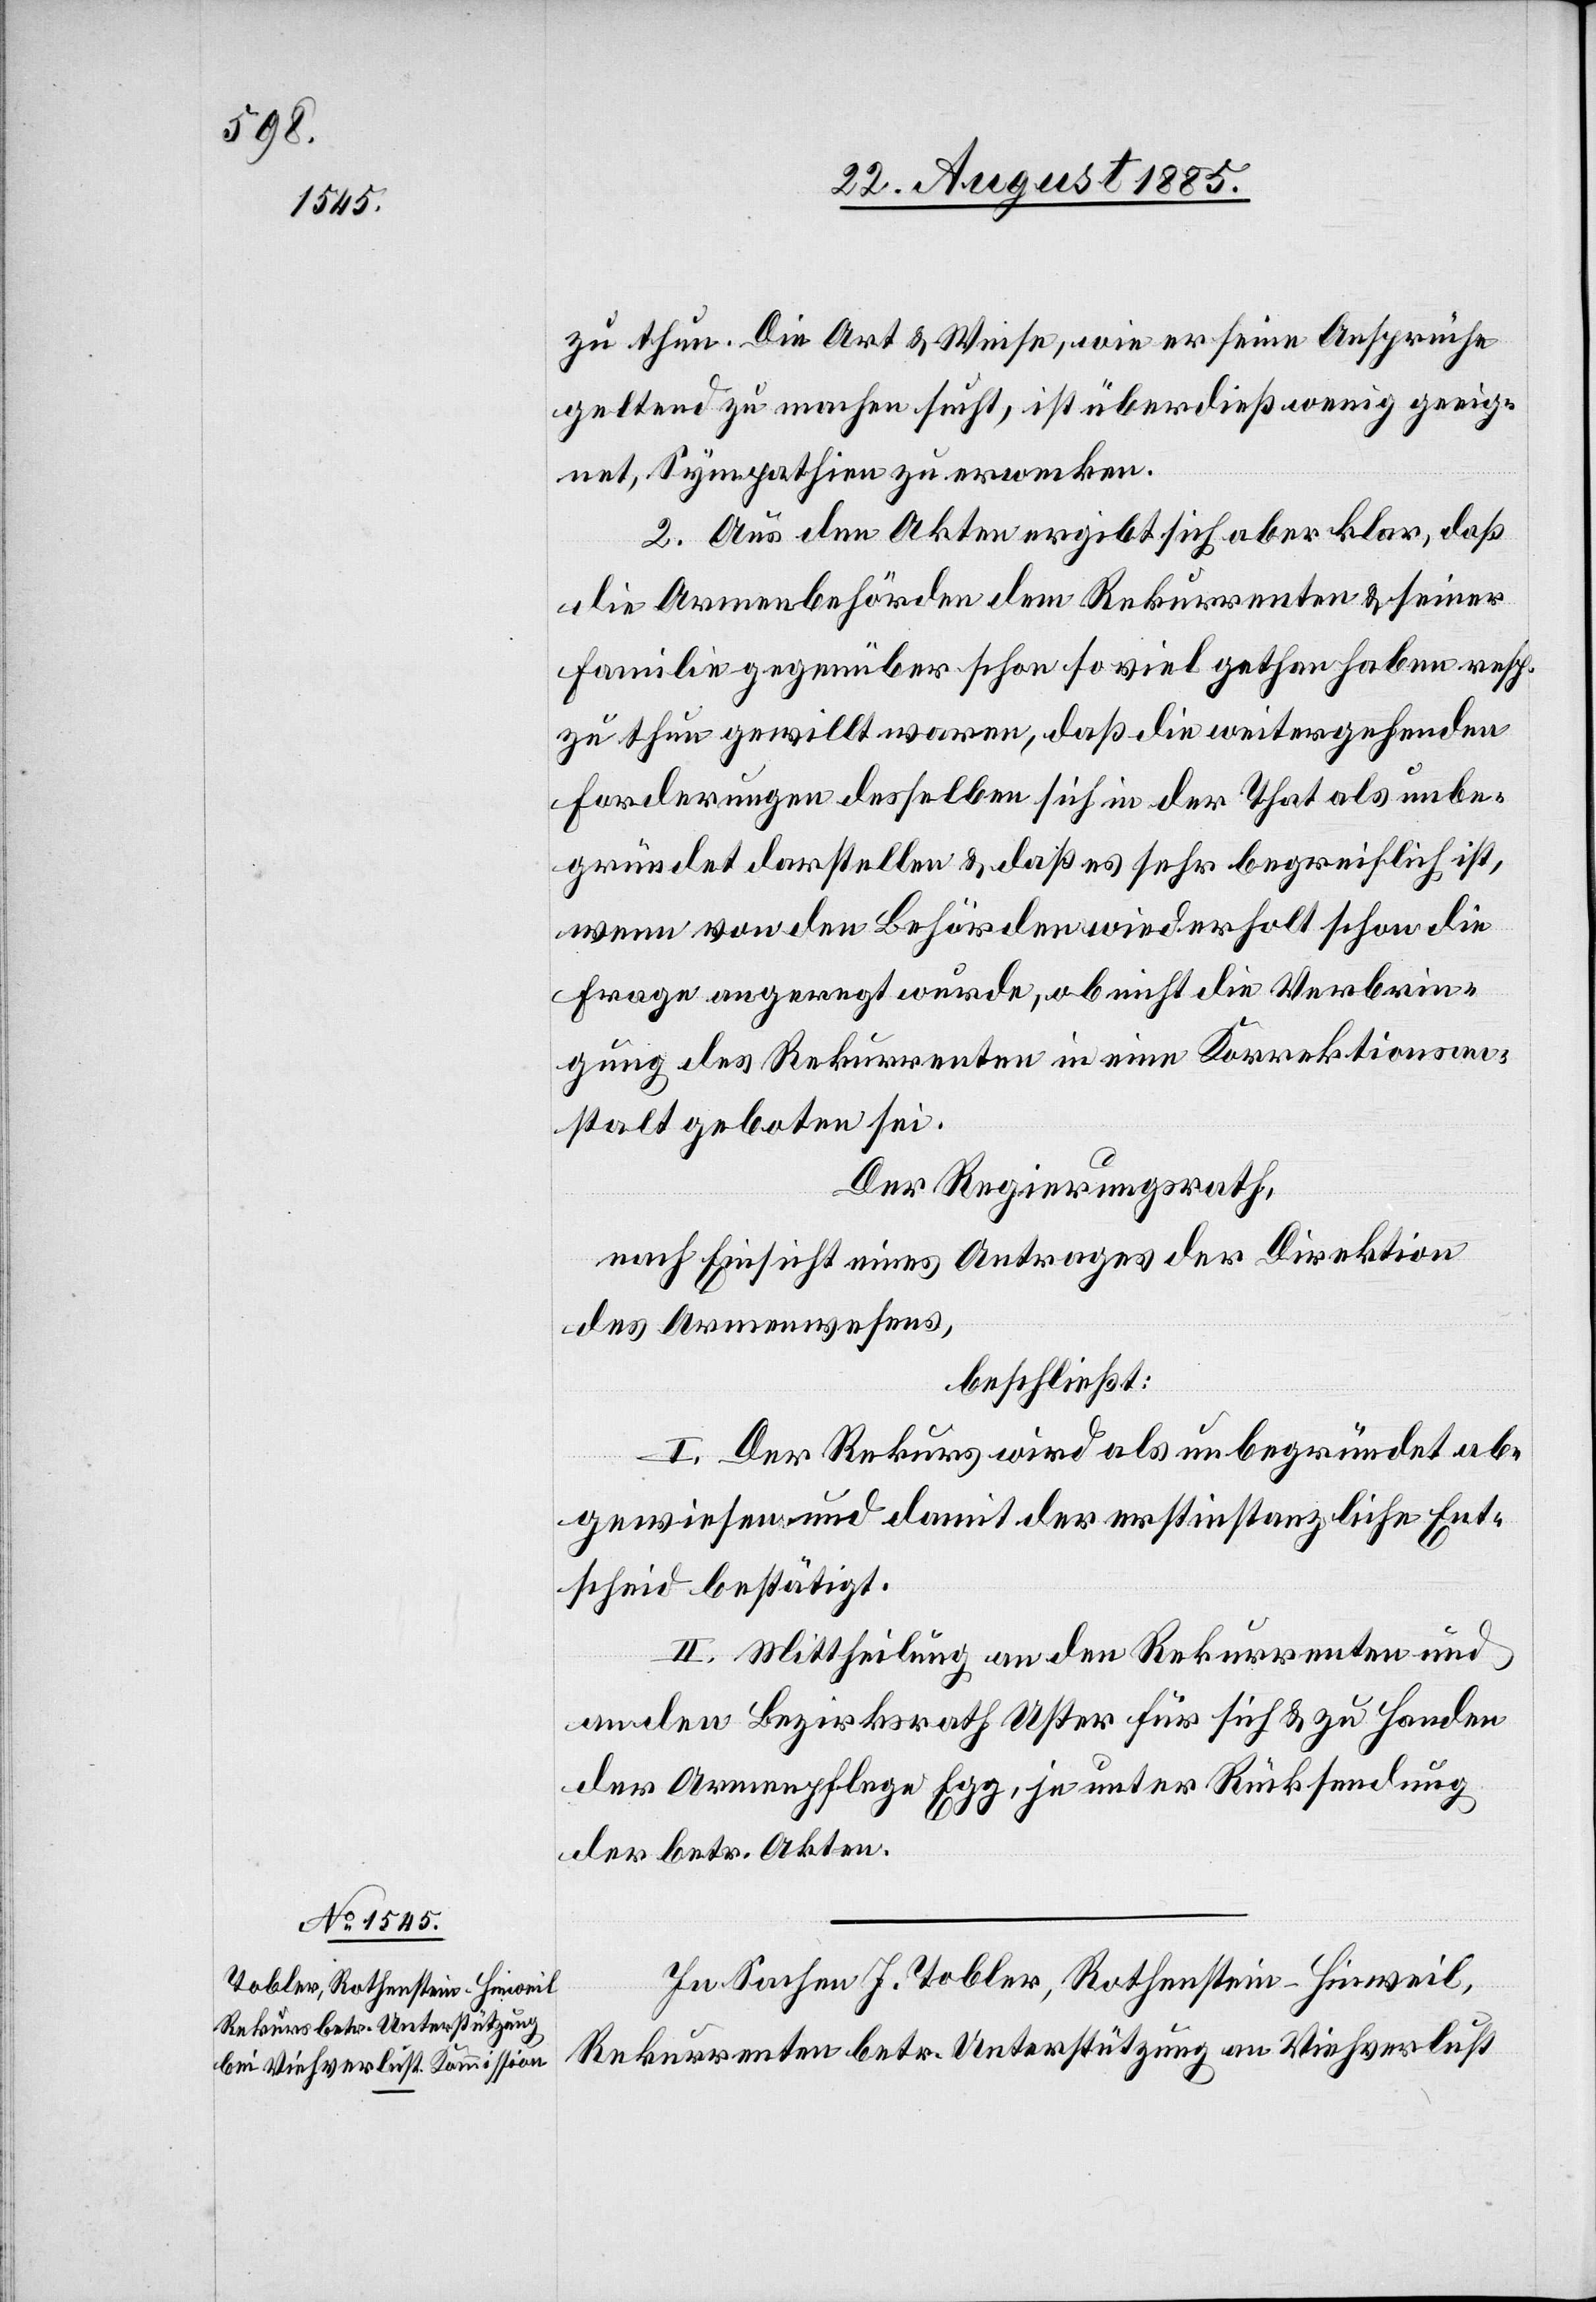
zu thun. Die Art & Weise, wie er seine Ansprüche
geltend zu machen sucht, ist überdieß wenig geeig¬
net, Sympathien zu erwerben.
2. Aus den Akten ergibt sich aber klar, daß
die Armenbehörden dem Rekurrenten & seiner
Familie gegenüber schon so viel gethan haben resp.
zu thun gewillt waren, daß die weitergehenden
Forderungen desselben sich in der That als unbe¬
gründet darstellen & daß es sehr begreiflich ist,
wenn von den Behörden wiederholt schon die
Frage angeregt wurde, ob nicht die Verbrin¬
gung des Rekurrenten in eine Korrektionsan¬
stalt geboten sei.
Der Regierungsrath,
nach Einsicht eines Antrages der Direktion
des Armenwesens,
beschließt:
I. Der Rekurs wird als unbegründet ab¬
gewiesen und damit der erstinstanzliche Ent¬
scheid bestätigt.
II. Mittheilung an den Rekurrenten und
an den Bezirksrath Uster für sich & zu Handen
der Armenpflege Egg, je unter Rücksendung
der betr. Akten.
In Sachen J. Tobler, Rothenstein - Hinweil,
Rekurrenten betr. Unterstützung an Viehverlust